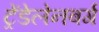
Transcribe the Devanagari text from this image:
ट्रेंडेलेनबर्ग